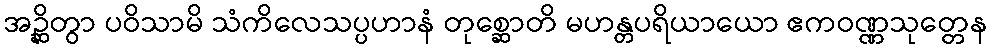
အဉ္ဆိတွာ ပဝိသာမိ သံကိလေသပ္ပဟာနံ တုစ္ဆောတိ မဟန္တပရိယာယော ဧကဝဏ္ဏသုတ္တေန